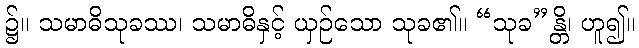
၌။ သမာဓိသုခဿ၊ သမာဓိနှင့် ယှဉ်သော သုခ၏။ “သုခ”န္တိ၊ ဟူ၍။